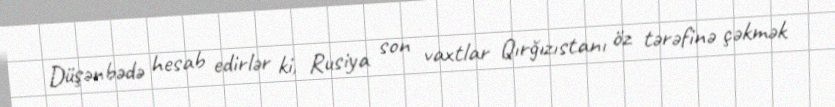
Düşənbədə hesab edirlər ki, Rusiya son vaxtlar Qırğızıstanı öz tərəfinə çəkmək